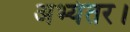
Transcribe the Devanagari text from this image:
अभ्यंतर।